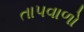
તાપવાળો